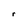
Character: r